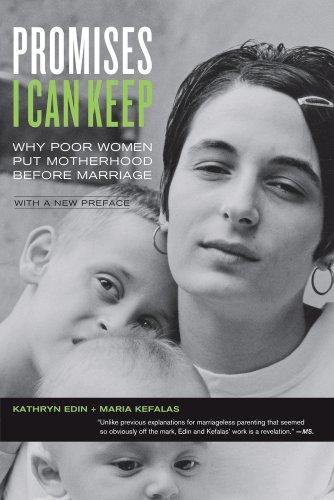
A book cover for Promises I Can Keep: Why Poor Women Put Motherhood before Marriage, with a New Preface; Kathryn Edin; Politics & Social Sciences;